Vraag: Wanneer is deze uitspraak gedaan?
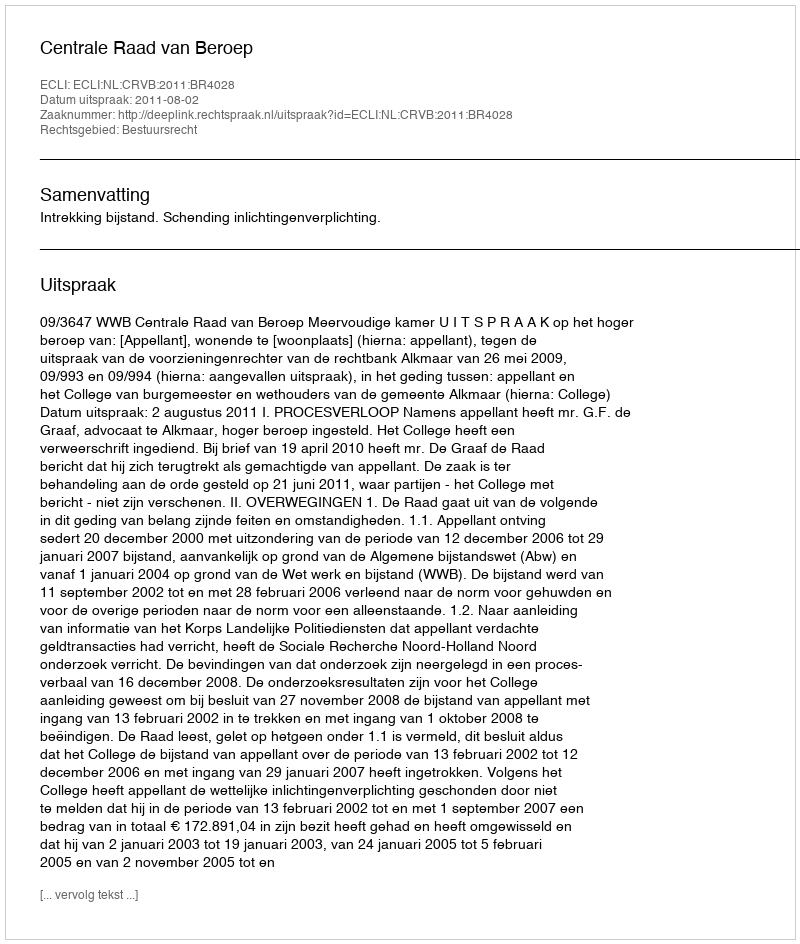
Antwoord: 2011-08-02